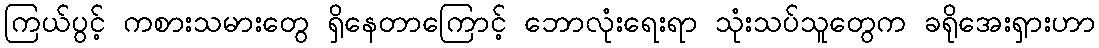
ကြယ်ပွင့် ကစားသမားတွေ ရှိနေတာကြောင့် ဘောလုံးရေးရာ သုံးသပ်သူတွေက ခရိုအေးရှားဟာ